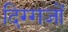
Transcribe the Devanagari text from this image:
दिग्‍गजों